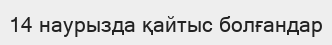
14 наурызда қайтыс болғандар